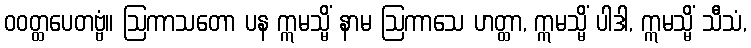
ဝဝတ္ထပေတဗ္ဗံ။ ဩကာသတော ပန ဣမသ္မိံ နာမ ဩကာသေ ဟတ္ထာ, ဣမသ္မိံ ပါဒါ, ဣမသ္မိံ သီသံ,